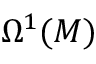
\Omega ^ { 1 } ( M )